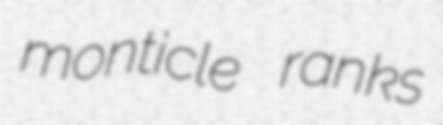
monticle ranks